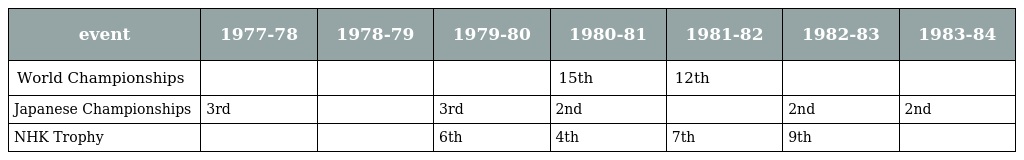
| event | 1977-78 | 1978-79 | 1979-80 | 1980-81 | 1981-82 | 1982-83 | 1983-84 |
 | --- | --- | --- | --- | --- | --- | --- | --- |
 | World Championships |  |  |  | 15th | 12th |  |  |
 | Japanese Championships | 3rd |  | 3rd | 2nd |  | 2nd | 2nd |
 | NHK Trophy |  |  | 6th | 4th | 7th | 9th |  |